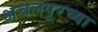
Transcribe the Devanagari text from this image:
अचलपूरच्या